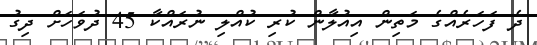
ދެ ފަހަރެއްގެ މަތިން އިއުލާން ކުރި ކުއްލި ނުރައްކާ 45 ދުވަހަށް ދިގު